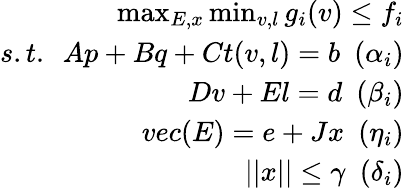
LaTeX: \begin{array}{r}{\operatorname*{max}_{E,x}\operatorname*{min}_{v,l}{g_{i}(v)}\le f_{i}}\\ {s.t.~~Ap+Bq+Ct(v,l)=b~~(\alpha_{i})}\\ {Dv+El=d~~(\beta_{i})}\\ {vec(E)=e+Jx~~(\eta_{i})}\\ {||x||\le\gamma~~(\delta_{i})}\end{array}